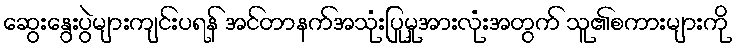
ဆွေးနွေးပွဲများကျင်းပရန် အင်တာနက်အသုံးပြုမှုအားလုံးအတွက် သူ၏စကားများကို